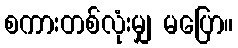
စကားတစ်လုံးမျှ မပြော။